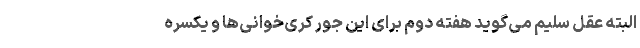
البته عقل سلیم می‌گوید هفته دوم برای این جور کُری‌خوانی‌ها و یکسره